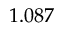
1 . 0 8 7